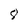
Character: 8